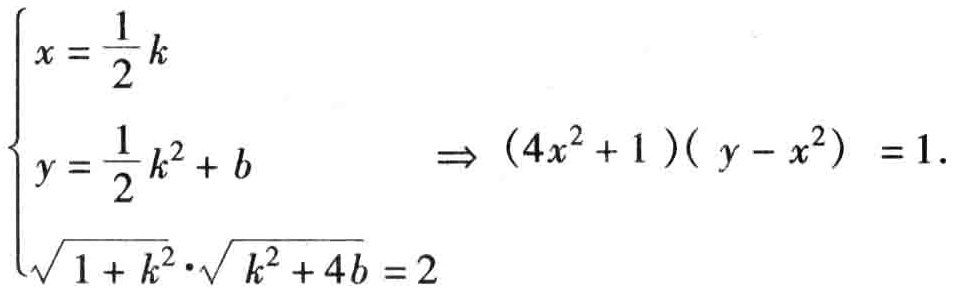
\[\begin{cases}
x = \frac{1}{2}k \\
y = \frac{1}{2}k^{2}+b \\
\sqrt{1 + k^{2}}\cdot\sqrt{k^{2}+4b}=2
\end{cases}\Rightarrow(4x^{2}+1)(y - x^{2}) = 1.\]